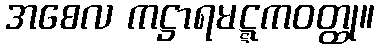
အစေလ ကဋ္ဌာရမဋ္ဋကဝတ္ထု။